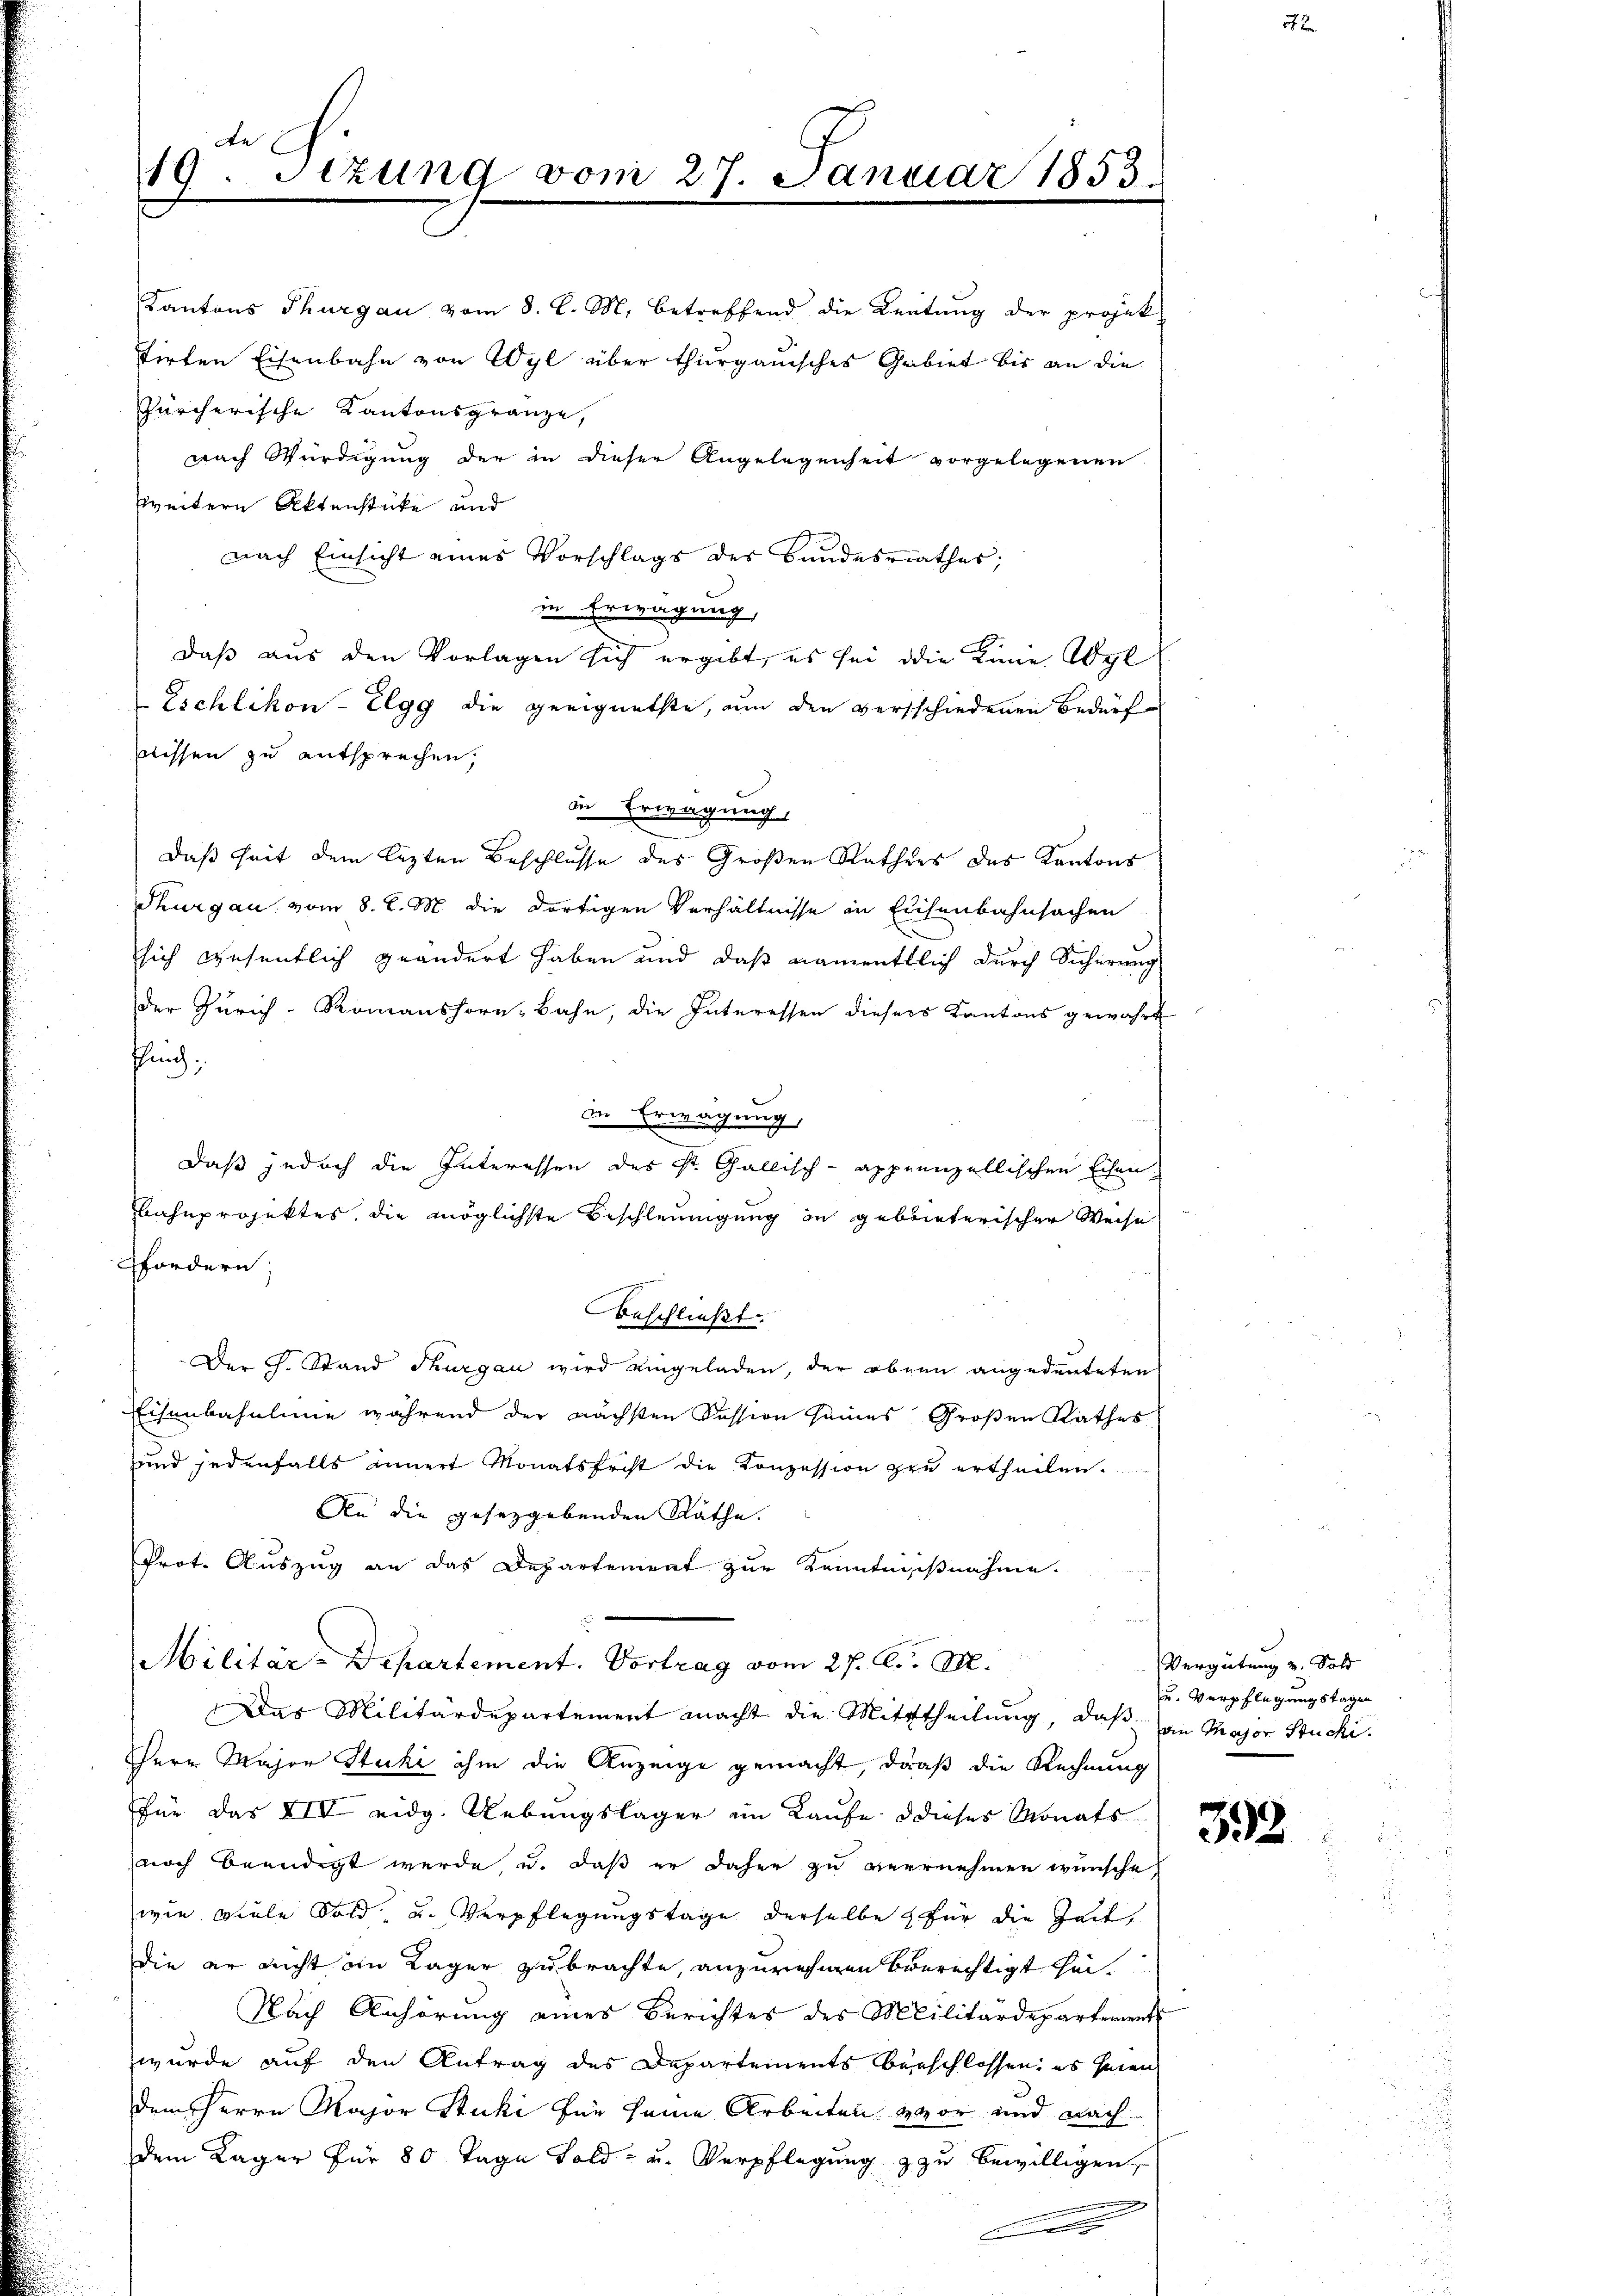
de
19. Sezung vom 27. Januar 1853

Kantons Thurgau vom 8. l. M. betreffend die Leitŭng der projek-
tirten Eisenbahn von Wyl über thurgauisches Gebiet bis an die
Zürcherische Kantonsgränze,
nach Würdigung der in dieser Angelegenheit vorgelegenen
weitern Aktenstücke und
nach Einsicht eines Vorschlags des Bundesrathes;
in Erwägung,
daß aus den Vorlagen sich ergibt, es sei die Linie Abgl
Eschlikon-Elgg die geeignetste, um den verschiedenen Bedürf
wissen zu entsprechen,
in Erwägung
daß seit dem lezten Beschlusse des Großen Rathes des Kantons
Thurgau vom 8. d. M. die dortigen Verhältnisse in Eisenbahnsachen
sich wesentlich geändert haben und daß namentlich durch Sicherung
der Zürich-Romanshorn, Bahn, die Interessen diesers Kantons gewährt
Pfing,
in Erwägung
daß jedoch die Interessen des St. Gallisch-apppenzellischen Eisen
Bahnprojektes, die möglichste Beschleunigung in gebieterischer Weise
fordern
beschließt:
Der J. Stand Thurgau wird eingeladen, der oben angedeuteten
Eisenbahnlinie während der nächsten Session seines Großen Rathes
und jedenfalls innert Monatsfrist die Konzession zu ertheilen.
An die gesetzgebenden Räthe.
Prot. Auszug an das Departement zur Kenntnißnahme.
Militär-Departement. Vortrag vom 27. A. M.
Das Militärdepartement macht die Mittheilŭng, daβ an Major Stucki.
Herr Major Stucki ihm die Anzeige gemacht, daß die Rechnung
für das XIV eidg. Uebungslager im Kaufe dieses Monats-
noch beendigt werde, u. daß er daher zu vernehmen wünsche,
wie viele Sold u. Verpflegungstage derselbe für die Zeit,
die er nicht an Lager zubrachte, anzunehmen berechtigt heit
Nach Anhörung eines Berichtes des Militärdepartement
wurde auf den Antrag des Departements beschlossen: es seien
dem Herrn Major Stucki für seine Arbeiten vor und nach
dem Lager für 80 Tage Fold- u. Verpflegung & zu bewilligen,
e

Vergütung u. Sold
u. Verpflegungstagen

392